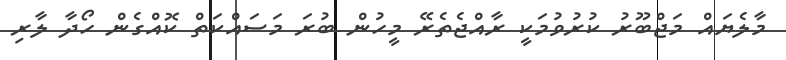
މާލެޔައް މަޖްބޫރު ކުރުވުމަކީ ރާއްޖެތެރޭ މީހުން ބުރަ މަސައްކަތް ކޮއްގެން ހޯދާ ލާރި